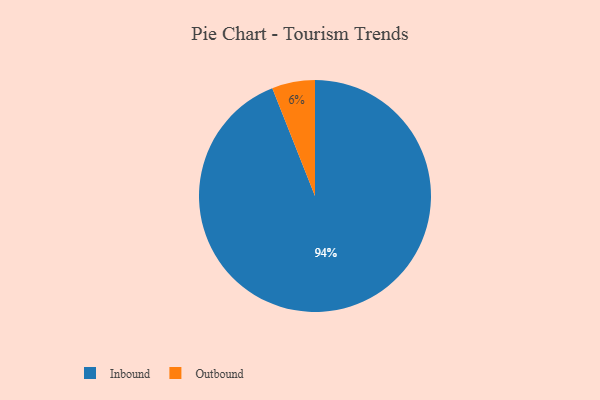
{"axis": {"x": "Category", "y": "Percentage"}, "legend": ["Inbound", "Outbound"], "data": [{"x": "Outbound", "y": 6, "type": "Outbound"}, {"x": "Inbound", "y": 94, "type": "Inbound"}]}